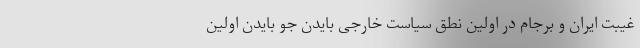
غیبت ایران و برجام در اولین نطق سیاست خارجی بایدن جو بایدن اولین